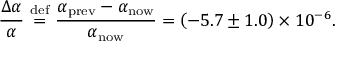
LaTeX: { \frac { \Delta \alpha } { \alpha } } \ { \stackrel { \mathrm { d e f } } { = } } \ { \frac { \alpha _ { \mathrm { p r e v } } - \alpha _ { \mathrm { n o w } } } { \alpha _ { \mathrm { n o w } } } } = \left( - 5 . 7 \pm 1 . 0 \right) \times 1 0 ^ { - 6 } .